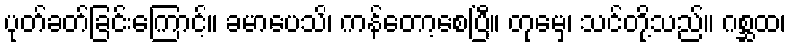
ပုတ်ခတ်ခြင်းကြောင့်။ ခမာပေသိ၊ ကန်တော့စေပြီ။ တုမှေ၊ သင်တို့သည်။ ဂစ္ဆထ၊